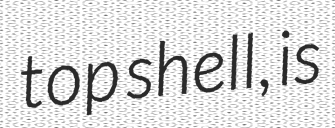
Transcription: top shell, is